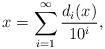
LaTeX: \begin{align*} x = \sum_{i=1}^{\infty} \frac{d_i(x)}{10^i},\end{align*}